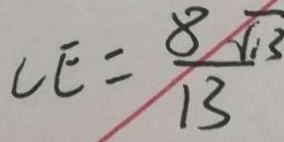
C E = \frac { 8 \sqrt { 1 3 } } { 1 3 }